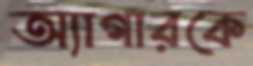
অ্যাগারকে